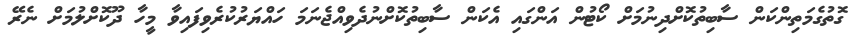
ގޮތުގެމަތިންކަން ސާބިތުކޮށްދިނުމަށް ކޯޓުން އަންގައި އެކަން ސާބިތުކޮށްނުދެވިއްޖެނަމަ ހައްޔަރުކުރެވިފައިވާ މީހާ ދޫކޮށްލުމަށް ނެރޭ